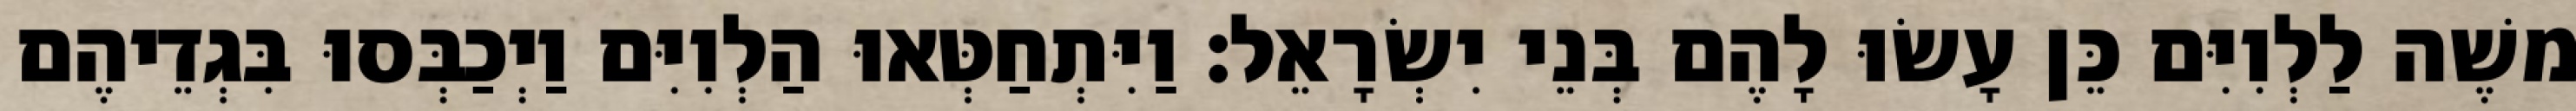
משֶׁה לַלְוִיִּם כֵּן עָשׂוּ לָהֶם בְּנֵי יִשְׂרָאֵל׃ וַיִּתְחַטְּאוּ הַלְוִיִּם וַיְכַבְּסוּ בִּגְדֵיהֶם